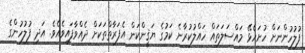
ފުލުހުންނަށް ހުށަހެޅޭ މައްސަލަތައް ހައްލުކުރާނެ ކަމުގެ ޔަޤީންކަން އެފަރާތްތަކަށް ދެއްވާފައިވެއެވެ. އަދި ފުލުހުންގެ